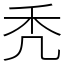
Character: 秃